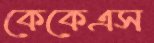
কেকেএস